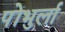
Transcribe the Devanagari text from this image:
पोंभुर्ला